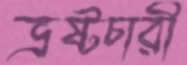
ভ্রষ্টচারী